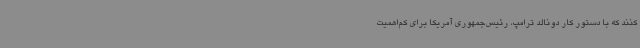
کنند که با دستور کار دونالد ترامپ، رئیس‌جمهوری آمریکا برای کم‌اهمیت